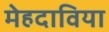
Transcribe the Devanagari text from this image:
मेहदाविया